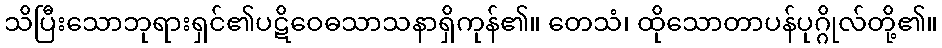
သိပြီးသောဘုရားရှင်၏ပဋိဝေဓသာသနာရှိကုန်၏။ တေသံ၊ ထိုသောတာပန်ပုဂ္ဂိုလ်တို့၏။